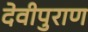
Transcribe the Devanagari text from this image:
देवीपुराण